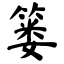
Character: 篓